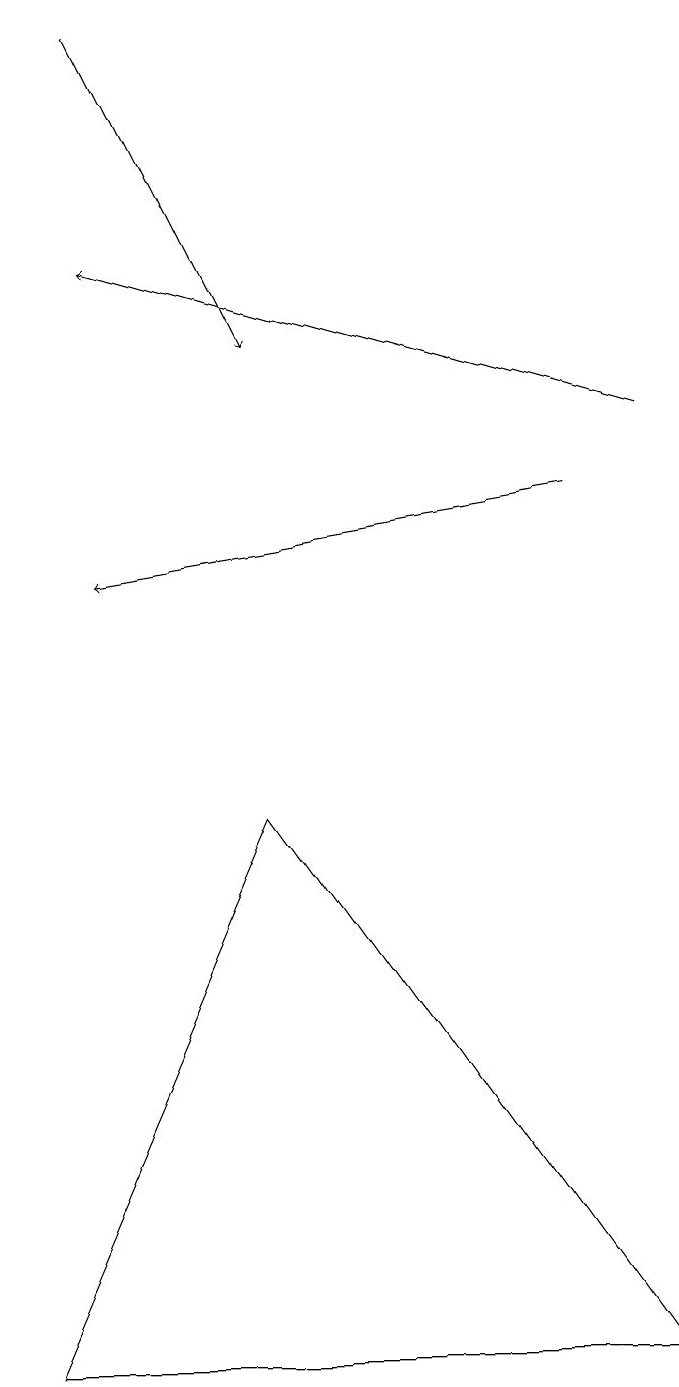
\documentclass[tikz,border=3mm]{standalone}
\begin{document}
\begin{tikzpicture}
\draw (0,1) -- (8,1) -- (3,8) -- cycle;
\draw[->] (7,12) -- (1,11);
\draw[->] (1,18) -- (3,14);
\draw[->] (8,13) -- (1,15);
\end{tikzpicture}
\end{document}